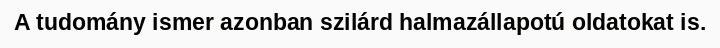
A tudomány ismer azonban szilárd halmazállapotú oldatokat is.